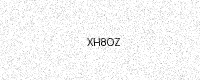
Text: XH8OZ